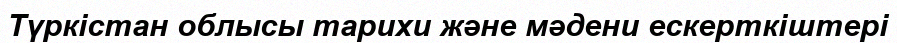
Түркістан облысы тарихи және мәдени ескерткіштері